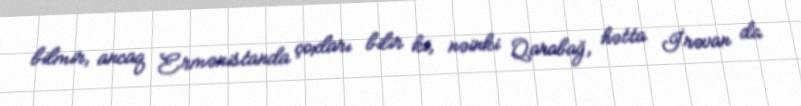
bilmir, ancaq Ermənistanda çoxları bilir ki, nəinki Qarabağ, hətta İrəvan da